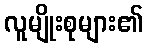
လူမျိုးစုများ၏